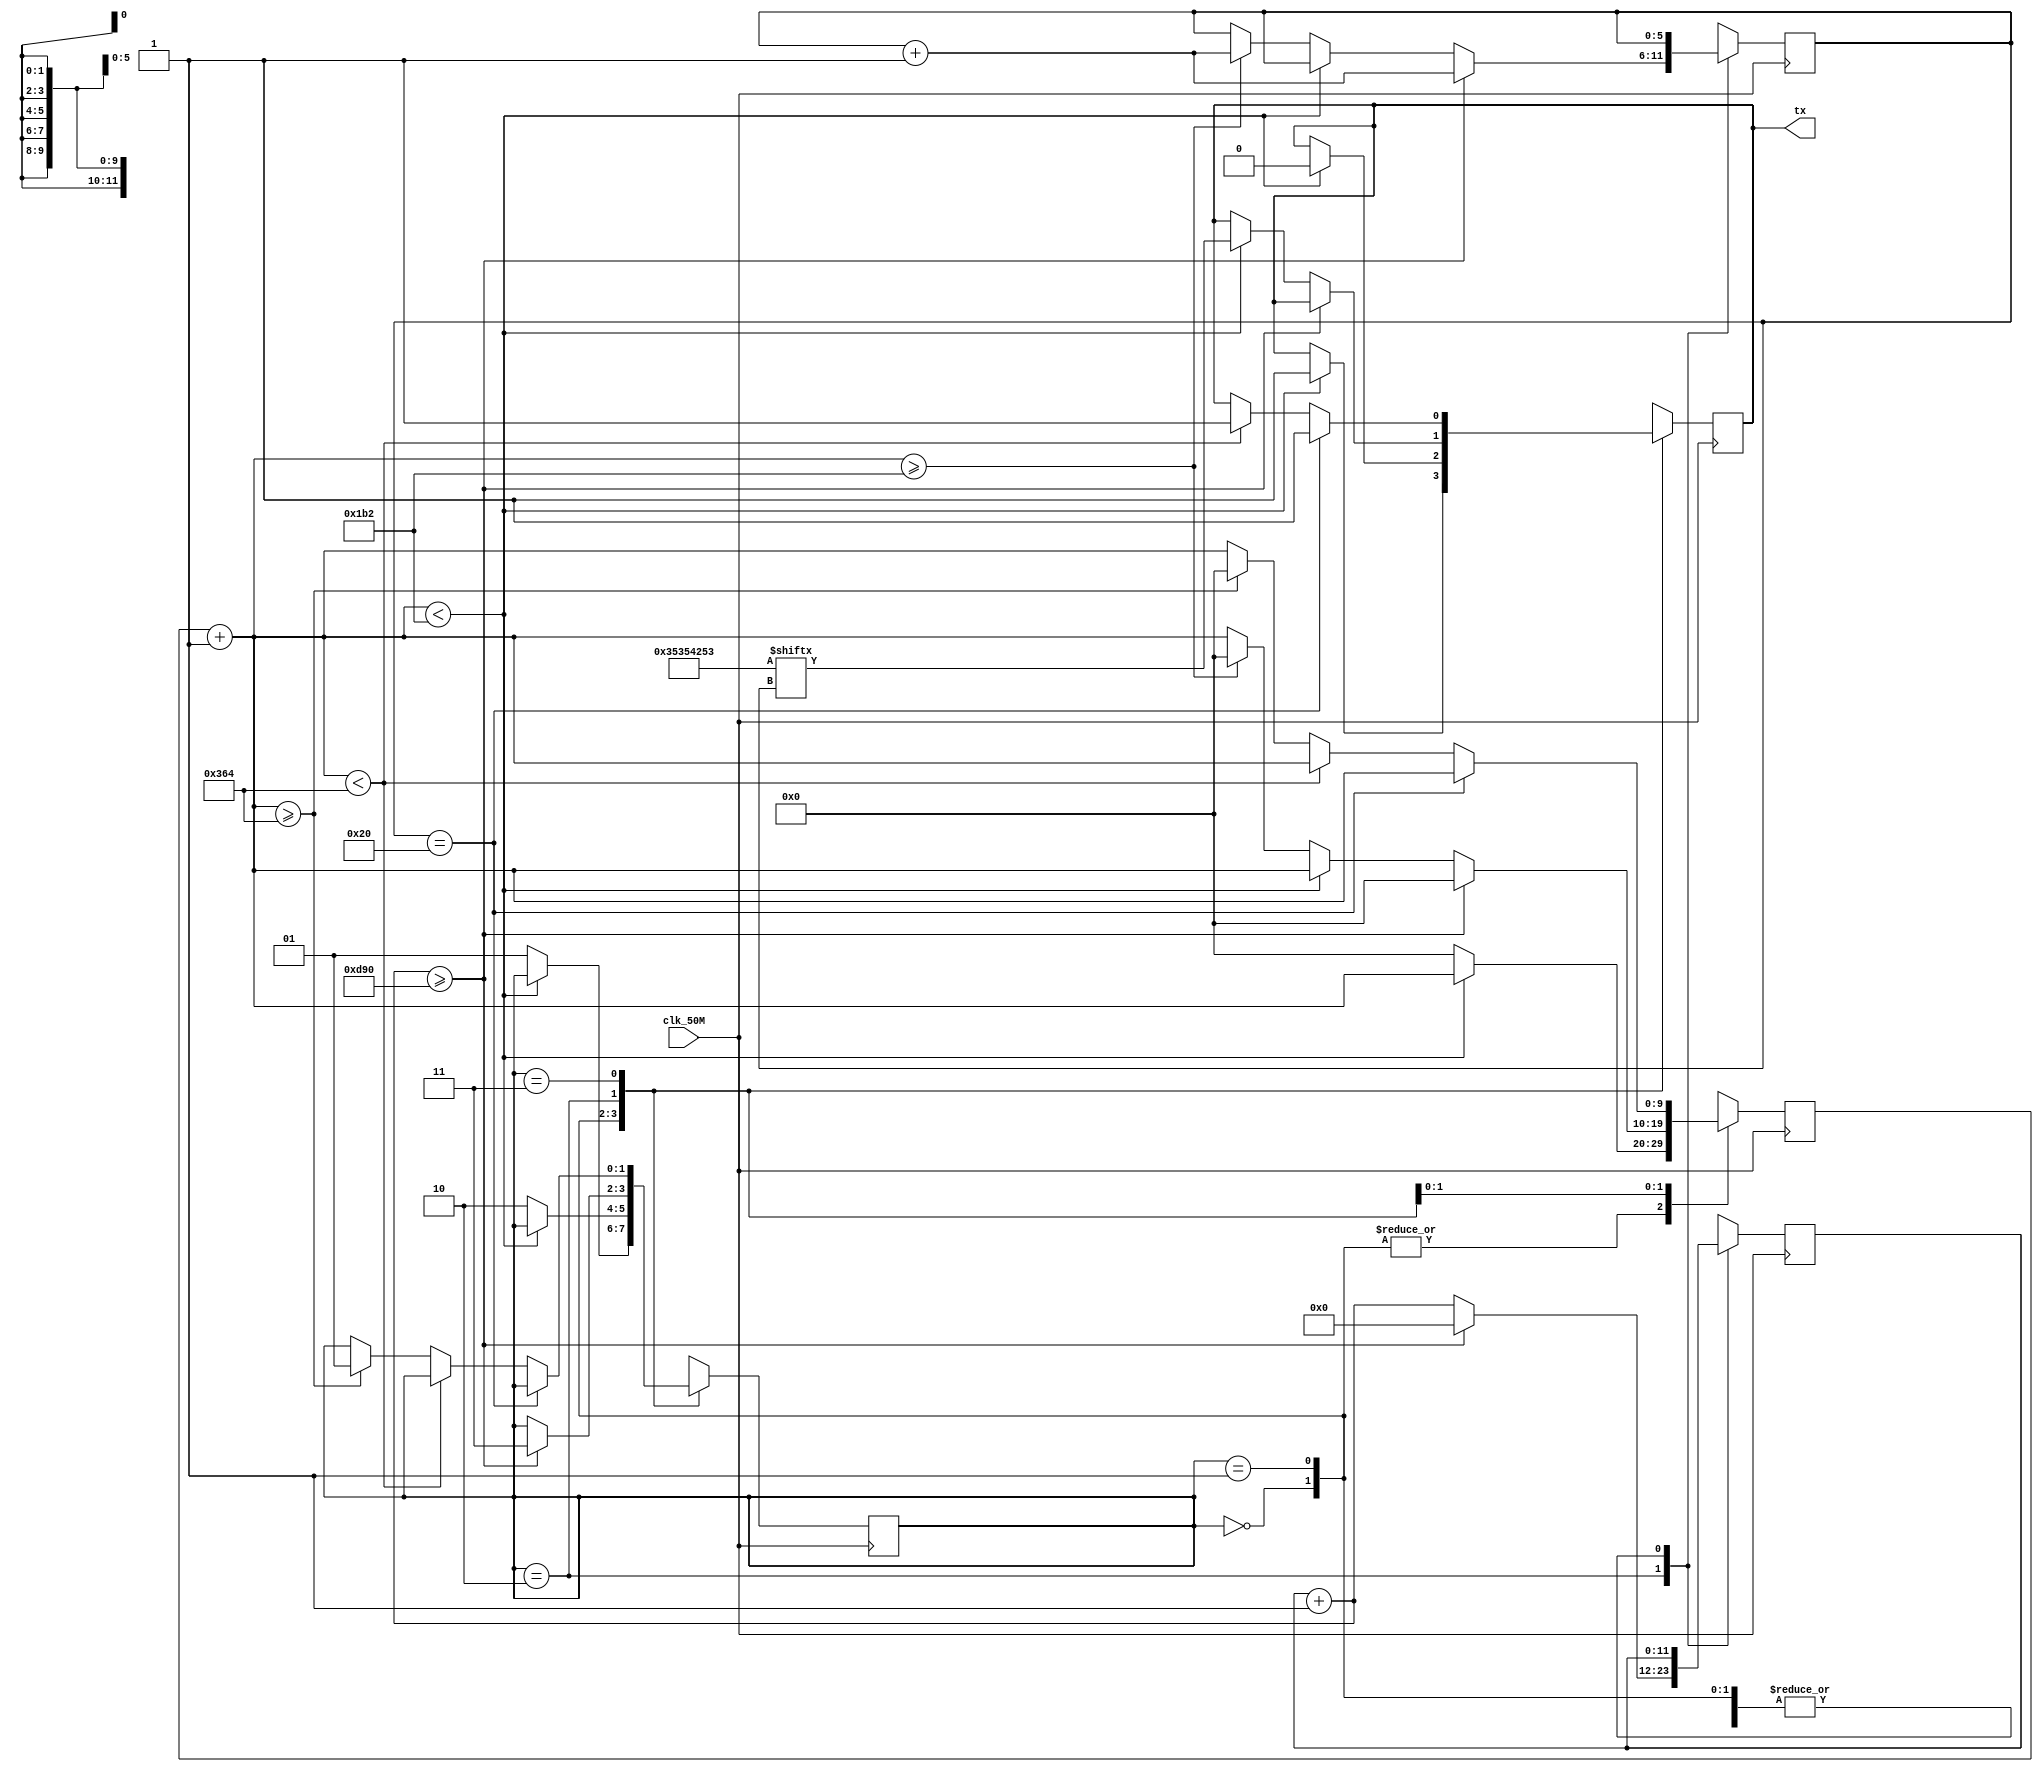
// SB : Task 2 B : UART
/*
Instructions
-------------------
Students are not allowed to make any changes in the Module declaration.
This file is used to design UART Transmitter.

Recommended Quartus Version : 19.1
The submitted project file must be 19.1 compatible as the evaluation will be done on Quartus Prime Lite 19.1.

Warning: The error due to compatibility will not be entertained.
-------------------
*/

//UART Transmitter design
//Input   : clk_50M : 50 MHz clock
//Output  : tx : UART transmit output

//////////////////DO NOT MAKE ANY CHANGES IN MODULE//////////////////
module uart(
	input clk_50M,	//50 MHz clock
	output tx		//UART transmit output
);
////////////////////////WRITE YOUR CODE FROM HERE////////////////////

//
////module Uart8Transmitter (
////    input  wire       clk,   // baud rate
////    input  wire       en,
////    input  wire       start, // start of transaction
////    input  wire [7:0] in,    // data to transmit
////    output reg        out,   // tx
////    output reg        done,  // end on transaction
////    output reg        busy   // transaction is in process
////);
////    reg [2:0] state  = `RESET;
////    reg [7:0] data   = 8'b0; // to store a copy of input data
////    reg [2:0] bitIdx = 3'b0; // for 8-bit data
////    reg [2:0] idx;
////
////    assign idx = bitIdx;
//
//parameter S0= 8'b11001010;
//parameter B= 8'b01000010;
//parameter five=8'b10100000;
//reg [31:0]count=0;
//reg [31:0]allInoOne=32'b11001010010000101010000010100000;
//reg ok=0;
//assign tx=ok;
//integer i;
//////always @(posedge clk_50M)
//////begin
//////	case(state)
//////	s : begin
//////	state = 
//////	
//////end
////
////parameter S0=4'b0000, S1=4'b0001, S2=4'b0010, S3=4'b0011, S4=4'b0100, S5=4'b0101,S6=4'b0110;
//reg [3:0]nextState;
//initial 
//begin
//	nextState=S0;
//end	
////always @(posedge clk_50M)
////    begin
////
////	 
////	 if(count<435)
////	 begin
////	 count=count+1;
////	 case(nextState)begin
////		 S0:
////			  begin
////			  ok=allInOne[0];
////			  end
//////		 S1:
//////			  begin
//////
//////			  end
////		endcase
////     end
////
////	 end
////	 else
////	 begin
////	 count=0;
////	 end
////	 end
// 
//
////    always @(posedge clk) begin
////        case (state)
////            default     : begin
////                state   <= `IDLE;
////            end
////            `IDLE       : begin
////                out     <= 1'b1; // drive line high for idle
////                done    <= 1'b0;
////                busy    <= 1'b0;
////                bitIdx  <= 3'b0;
////                data    <= 8'b0;
////                if (start & en) begin
////                    data    <= in; // save a copy of input data
////                    state   <= `START_BIT;
////                end
////            end
////            `START_BIT  : begin
////                out     <= 1'b0; // send start bit (low)
////                busy    <= 1'b1;
////                state   <= `DATA_BITS;
////            end
////            `DATA_BITS  : begin // Wait 8 clock cycles for data bits to be sent
////                out     <= data[idx];
////                if (&bitIdx) begin
////                    bitIdx  <= 3'b0;
////                    state   <= `STOP_BIT;
////                end else begin
////                    bitIdx  <= bitIdx + 1'b1;
////                end
////            end
////            `STOP_BIT   : begin // Send out Stop bit (high)
////                done    <= 1'b1;
////                data    <= 8'b0;
////                state   <= `IDLE;
////            end
////        endcase
////    end
//
////endmodule
//

//reg [63:0] arr=64'b01100101011001000010110101000001101010000011;
//integer count=0;
//integer index=0;
//reg tx_dup;
//initial
//begin
// tx_dup=1;
//end
//assign tx=tx_dup;
//
//always @(posedge clk_50M)
//begin
//   count = count + 1;
//	if(count<435)
//	begin
//	    tx_dup=arr;
//	end
//	else
//	begin
//		count=0;
//		index=index+1;
//	end
//end


reg [5:0] bitpos;
reg [31:0] arr;
reg sample;
assign tx = sample;
reg [9:0] count;
reg [11:0] count2;
initial
begin
 count = 10'b0;
 count2 = 12'b0;
 arr[0] = 1'b1;
 arr[1] = 1'b1;
 arr[2] = 1'b0;
 arr[3] = 1'b0;
 arr[4] = 1'b1;
 arr[5] = 1'b0;
 arr[6] = 1'b1;
 arr[7] = 1'b0;
 arr[8] = 1'b0;
 arr[9] = 1'b1;
 arr[10] = 1'b0;
 arr[11] = 1'b0;
 arr[12] = 1'b0;
 arr[13] = 1'b0;
 arr[14] = 1'b1;
 arr[15] = 1'b0;
 arr[16] = 1'b1;
 arr[17] = 1'b0;
 arr[18] = 1'b1;
 arr[19] = 1'b0;
 arr[20] = 1'b1;
 arr[21] = 1'b1;
 arr[22] = 1'b0;
 arr[23] = 1'b0;
 arr[24] = 1'b1;
 arr[25] = 1'b0;
 arr[26] = 1'b1;
 arr[27] = 1'b0;
 arr[28] = 1'b1;
 arr[29] = 1'b1;
 arr[30] = 1'b0;
 arr[31] = 1'b0;
 sample = 1'b1;
 bitpos = 6'b0;
end

parameter STATE_IDLE = 2'b00;
parameter STATE_START = 2'b01;
parameter STATE_DATA = 2'b10;
parameter STATE_STOP = 2'b11;
reg [1:0] state = STATE_IDLE;

always @(posedge clk_50M) begin
   count=count+1;
	case(state)
     STATE_IDLE: begin
	  if(count<434) begin
	   sample = 1'b1;
	  end
	  else begin
	    state = STATE_START;
		 count = 10'b0;
	  end
	 end
		 
	  STATE_START :begin
	  if(count<434) begin
		 sample = 1'b0;
	  end
	  else begin
	    state = STATE_DATA;
		 count = 10'b0;
	  end
	 end
	 
	 STATE_DATA :begin
	   count2 = count2+1;
	   if(count2>=3472) begin
	      state = STATE_STOP;
			count2 = 0;
			bitpos = bitpos+1;
			count = 0;
		end
	   else if(count<434) begin
		 sample = arr[bitpos];
		end
		else if(count>=434) begin
		 bitpos = bitpos+1;
		 count = 10'b0;
		end
	 end		   
	 
	 STATE_STOP: begin
	  if(bitpos==32) begin
	   sample = 1'b1;
	  end
	  else if(count<868) begin
	   sample = 1'b1;
	  end
	  else if(count>=868) begin
		state = STATE_START;
		count = 0;
	  end
	 end
	 endcase
end
////////////////////////YOUR CODE ENDS HERE//////////////////////////
endmodule
///////////////////////////////MODULE ENDS///////////////////////////